Report on enteric fever
Disease focus: Fever
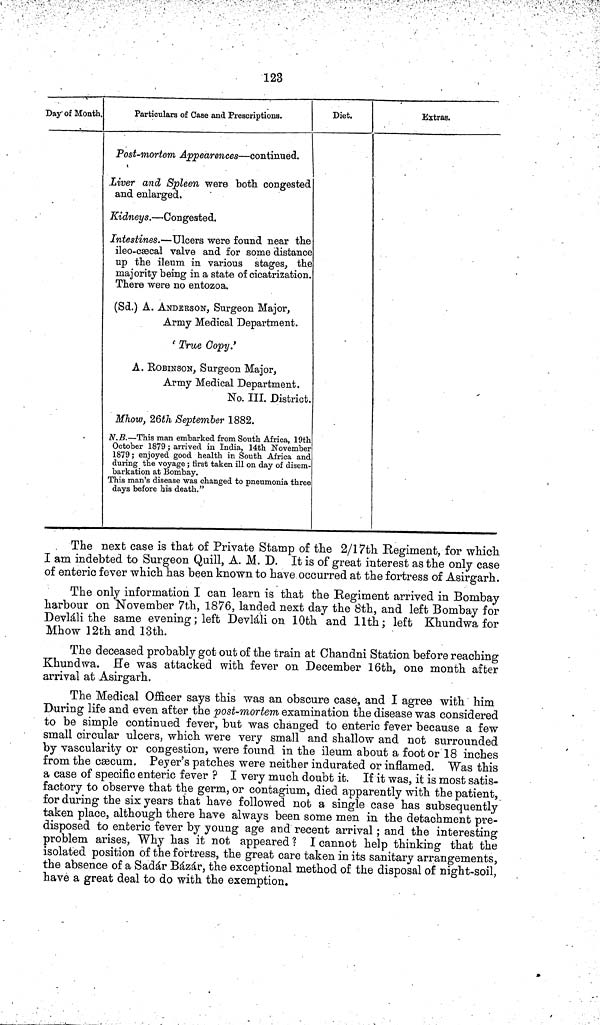
123
Day of Month.
Particulars of Case and Prescriptions.
Post mortem Appearences — continued.
Liver and Spleen were both congested
and enlarged.
Kidneys. — Congested.
Intestines. — Ulcers were found near the
ileo ceecal valve and for some distance
up the ileum in various stages, the
majority being in a state of cicatrization.
There were no entozoa.
(Sd.) A. ANDERSON, Surgeon Major,
Army Medical Department.
'True Copy.'
A. ROBINSON, Surgeon Major,
Army Medical Department.
No. III. District
Mhow, 26th September 1882.
N.B. — This man embarked from South Africa, 19th
October 1879 ; arrived in India, 14th November
1879 ; enjoyed good health in South Atrica and
during the voyage ; first taken ill on day of disem
barkation at Bombay.
This man's disease was changed to pneumonia three
days before his death."
Diet.
Extras.
The next case is that of Private Stamp of the 2/17th Regiment, for which
I am indebted to Surgeon Quill, A. M. D. It is of great interest as the only case
of enteric fever which has been known to have occurred at the fortress of Asirgarh.
The only information I can learn is that the Regiment arrived in Bombay
harbour on November 7th, 1876, landed next day the 8th, and left Bombay for
Devláli the same evening; left Devláli on 10th and 11th; left Khundwa for
Mhow 12th and 13th.
The deceased probably got out of the train at Chandni Station before reaching
Khundwa. He was attacked with fever on December 16th, one month after
arrival at Asirgarh.
The Medical Officer says this was an obscure case, and I agree with him
During life and even after the post mortem examination the disease was considered
to be simple continued fever, but was changed to enteric fever because a few
small circular ulcers, which were very small and shallow and not surrounded
by vascularity or congestion, were found in the ileum about a foot or 18 inches
from the cæcum. Peyer's patches were neither indurated or inflamed. Was this
a case of specific enteric fever ? I very much doubt it. If it was, it is most satis-
factory to observe that the germ, or contagium, died apparently with the patient,
for during the six years that have followed not a single case has subsequently
taken place, although there have always been some men in the detachment pre-
disposed to enteric fever by young age and recent arrival; and the interesting
problem arises, Why has it not appeared ? I cannot help thinking that the
isolated position of the fortress, the great care taken in its sanitary arrangements,
the absence of a Sadár Bázár, the exceptional method of the disposal of night soil,
have a great deal to do with the exemption.